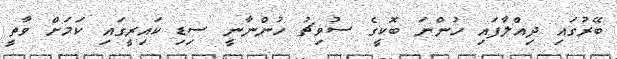
ބޭރުގައި ދިއްލާފައި ހުންނަ ބޮކީގެ ސުވިޗު ހުންނާނީ ސިޑި ކައިރީގައި ކަމަށް ވާތީ